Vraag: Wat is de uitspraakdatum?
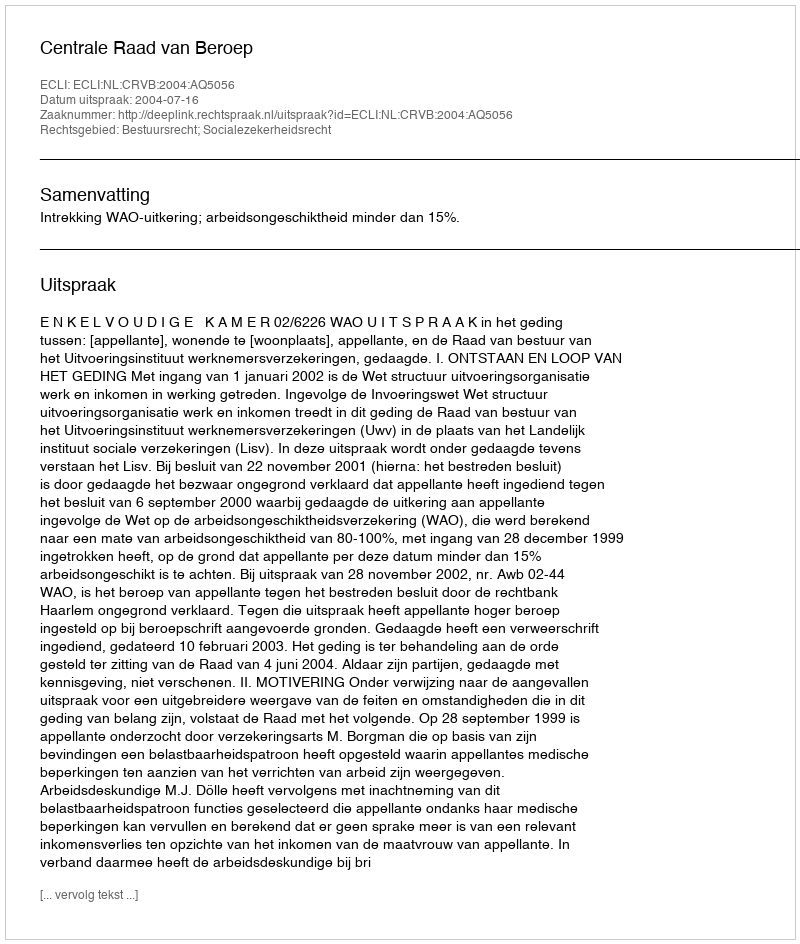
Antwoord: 2004-07-16